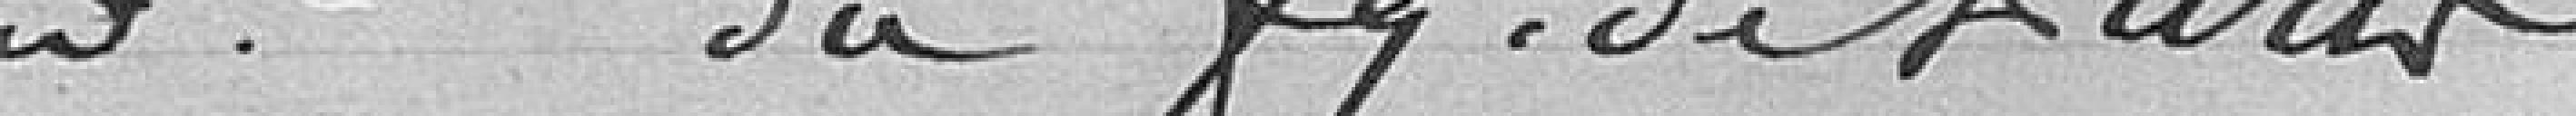
Renouvellement du bail du bureau d'octroi du faubourg de Paris